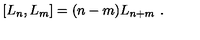
[ L _ { n } , L _ { m } ] = ( n - m ) L _ { n + m } \ .